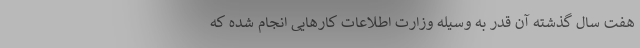
هفت سال گذشته آن قدر به وسیله وزارت اطلاعات کار‌هایی انجام شده که